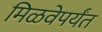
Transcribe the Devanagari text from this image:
मिळवेपर्यंत